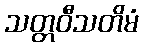
သတ္တဝီသတိမံ